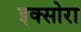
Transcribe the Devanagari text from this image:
इक्सोरा